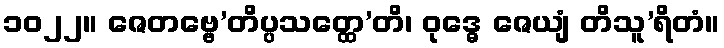
၁၀၂၂။ ဇေတဗ္ဗေ’တိပ္ပသတ္ထေ’တိ၊ ဝုဒ္ဓေ ဇေယျံ တိသူ’ရိတံ။